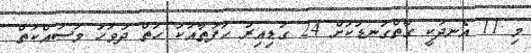
މި 11 އެނދަކީ ގާތްގަނޑަކަށް 24 ގަޑިއިރު ހަފުތާއަކު ހަތް ދުވަހު މަސައްކަތް